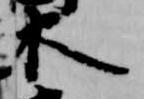
木